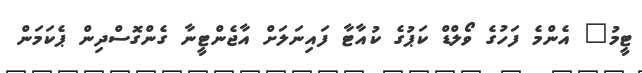
ޓީމު" އެންމެ ފަހުގެ ވޯލްޑް ކަޕުގެ ކުއާޓާ ފައިނަލަށް އާޖެންޓީނާ ގެންގޮސްދިން ޕެކަމަން